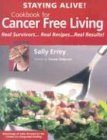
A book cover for Staying Alive!: Cookbook for Cancer Free Living : Real Survivors, Real Recipes, Real Results; Sally Errey; Cookbooks, Food & Wine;